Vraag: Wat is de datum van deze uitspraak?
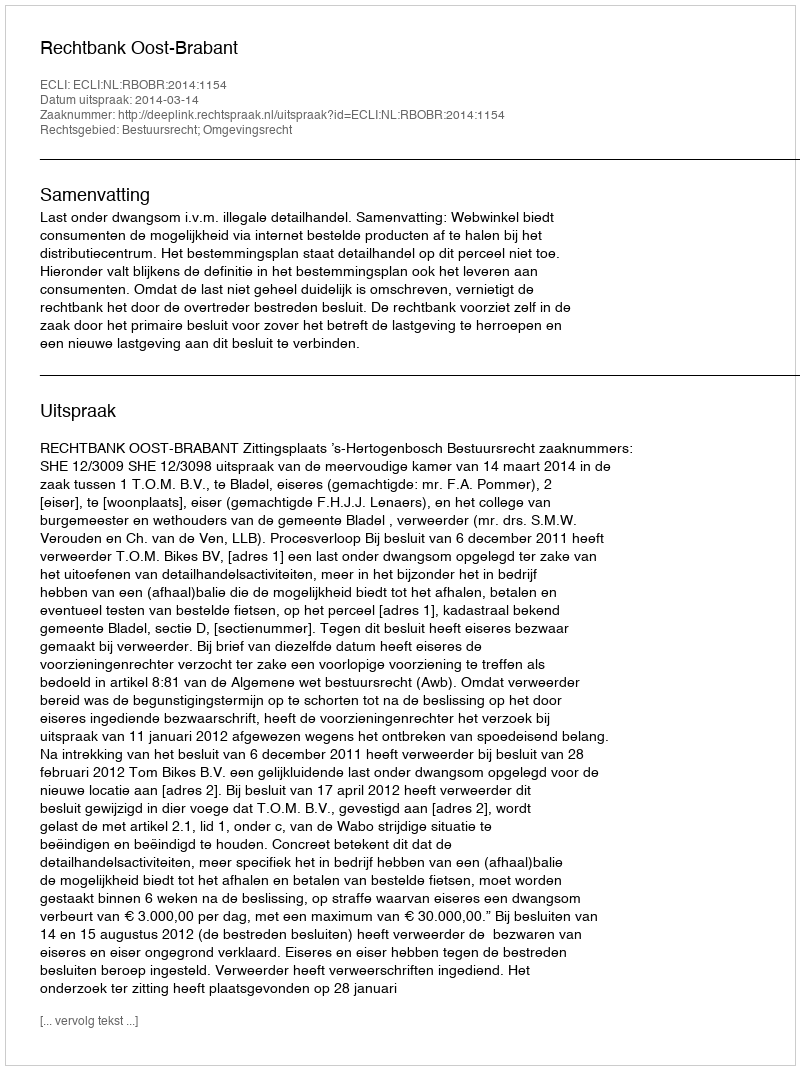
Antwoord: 2014-03-14